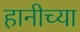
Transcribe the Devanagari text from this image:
हानीच्या